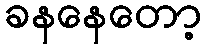
ခနနေတော့